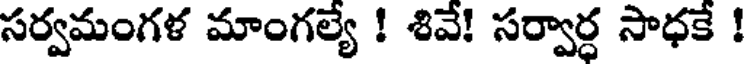
సర్వమంగళ మాంగల్యే ! శివే! సర్వార్ధ సాధకే !